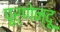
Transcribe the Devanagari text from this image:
पूर्णेन्दू